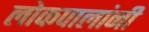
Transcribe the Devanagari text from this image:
लोकपालांनी